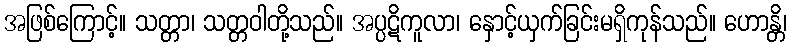
အဖြစ်ကြောင့်။ သတ္တာ၊ သတ္တဝါတို့သည်။ အပ္ပဋိကူလာ၊ နှောင့်ယှက်ခြင်းမရှိကုန်သည်။ ဟောန္တိ၊